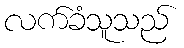
လက်ခံသူသည်